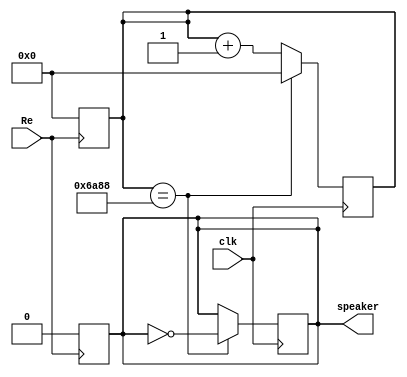
module tpi (
    input wire clk,
    input wire Re,
    output reg speaker
);

reg [14:0] counter;
always @(posedge Re ) begin
    counter = 0;
    speaker = 0;
end

always @(posedge clk ) begin
    if (counter == 27272)
        counter <= 0;
    else
       counter <=counter+1;
end

always @(posedge clk ) begin
    if(counter == 27272)
        speaker <= ~speaker;
end
    
endmodule